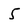
Character: 5